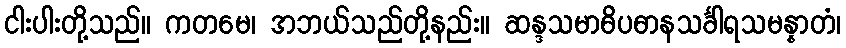
ငါးပါးတို့သည်။ ကတမေ၊ အဘယ်သည်တို့နည်း။ ဆန္ဒသမာဓိပဓာနသင်္ခါရသမန္နာတံ၊